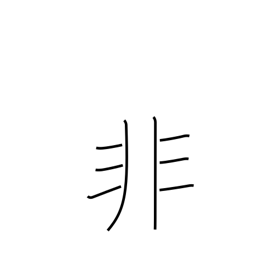
Meaning: mistake